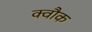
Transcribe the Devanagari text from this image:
क्वौक